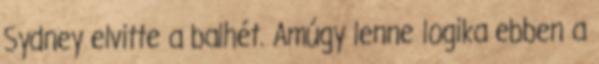
Sydney elvitte a balhét. Amúgy lenne logika ebben a